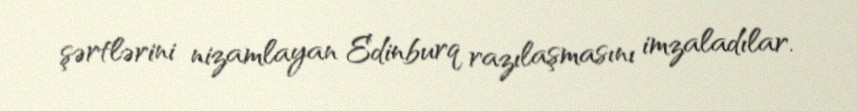
şərtlərini nizamlayan Edinburq razılaşmasını imzaladılar.